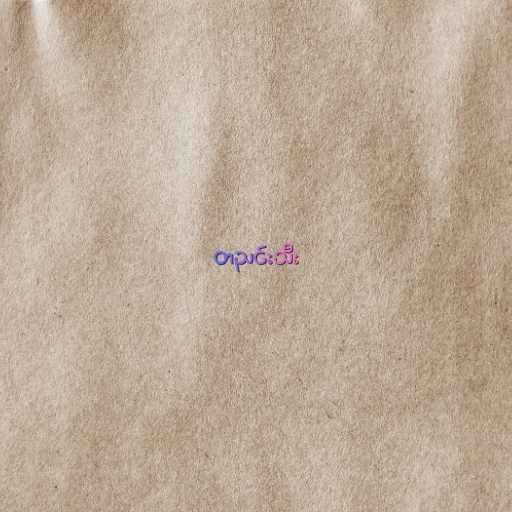
တညင်းသီး